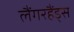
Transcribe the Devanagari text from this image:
लैंगरहैंड्स